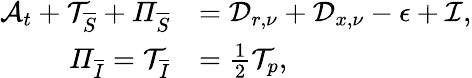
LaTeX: \begin{array}{rl}{\mathcal{A}_{t}+\mathcal{T}_{\overline{{S}}}+\mathit{\Pi}_{\overline{{S}}}}&{=\mathcal{D}_{r,\nu}+\mathcal{D}_{x,\nu}-\mathcal{\epsilon}+\mathcal{I},}\\ {\mathit{\Pi}_{\overline{{I}}}=\mathcal{T}_{\overline{{I}}}}&{=\frac{1}{2}\mathcal{T}_{p},}\end{array}